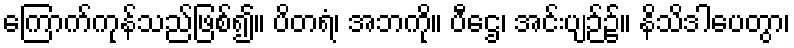
ကြောက်ကုန်သည်ဖြစ်၍။ ပိတရံ၊ အဘကို။ ပီဌေ၊ အင်းပျဉ်၌။ နိသိဒါပေတွာ၊